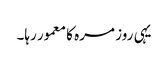
یہی روز مرہ کا معمور رہا۔